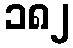
၁၈၂